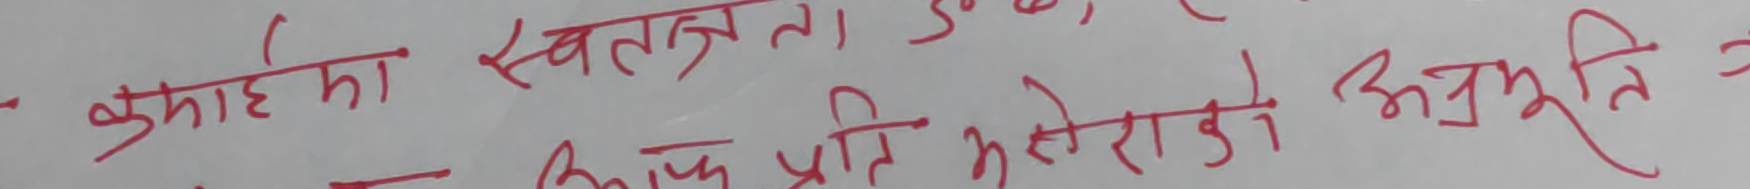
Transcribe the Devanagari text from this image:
कुमारीका स्वतन्त्र ता
उहाको अति स्नेहराको अनुभूति